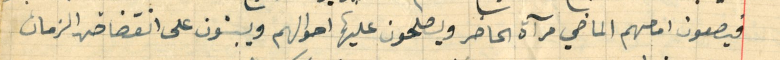
فيصعون امامهم الماضي مرآة الحاضر ويصلحون عليها احوالهم ويبنون على انقضاض الزمان